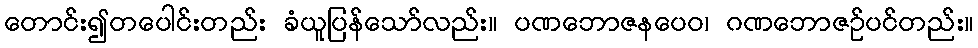
တောင်း၍တပေါင်းတည်း ခံယူပြန်သော်လည်း။ ပဏဘောဇနပေဝ၊ ဂဏဘောဇဉ်ပင်တည်း။